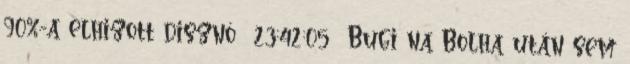
90%-a elhizott disznó 23:42:05 Bugi na Bolha után sem